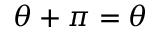
\theta + \pi = \theta